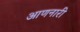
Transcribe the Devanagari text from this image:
आणनारी